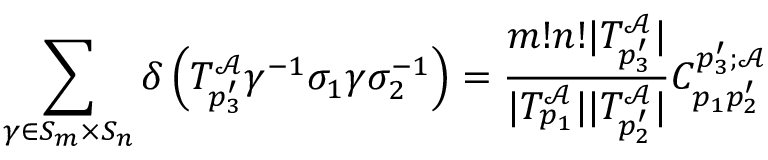
\sum _ { \gamma \in S _ { m } \times S _ { n } } \delta \left( T _ { p _ { 3 } ^ { \prime } } ^ { \mathcal { A } } \gamma ^ { - 1 } \sigma _ { 1 } \gamma \sigma _ { 2 } ^ { - 1 } \right) = \frac { m ! n ! | T _ { p _ { 3 } ^ { \prime } } ^ { \mathcal { A } } | } { | T _ { p _ { 1 } } ^ { \mathcal { A } } | | T _ { p _ { 2 } ^ { \prime } } ^ { \mathcal { A } } | } C _ { p _ { 1 } p _ { 2 } ^ { \prime } } ^ { p _ { 3 } ^ { \prime } ; \mathcal { A } }